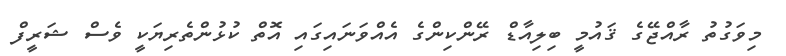
މިވަގުތު ރާއްޖޭގެ ޤައުމީ ބިލިއާޑް ރޭންކިންގެ އެއްވަނައިގައި އޮތް ކުޅުންތެރިޔަކީ ވެސް ޝަރީފް